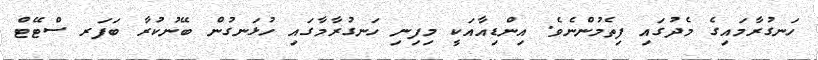
ހަނގުރާމައިގެ މެދުގައި ފިތެމުންނެވެ. އިންޑިއާއަކީ މިފިނި ހަނގުރާމާގައި ހުޅަނގުން ބޭނުކުރާ ބަފަރ ސްޓޭޓް